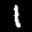
Label: 1